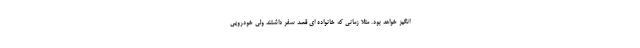
انگیز خواهد بود. مثلا زمانی که خانواده ای قصد سفر داشتند ولی خودرویی